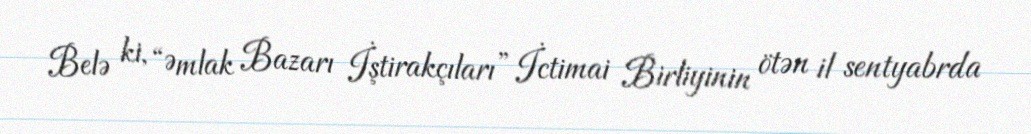
Belə ki, “Əmlak Bazarı İştirakçıları” İctimai Birliyinin ötən il sentyabrda